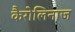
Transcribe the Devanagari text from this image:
कैरोलिनाज